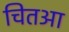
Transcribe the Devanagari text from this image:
चितआ